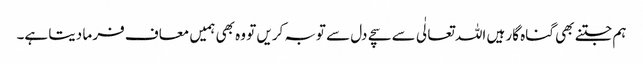
ہم جتنے بھی گناہ گار ہیں اللہ تعالٰی سے سچے دل سے توبہ کریں تو وہ بھی ہمیں معاف فر ما دیتا ہے۔